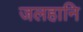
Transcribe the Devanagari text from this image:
जलहानि